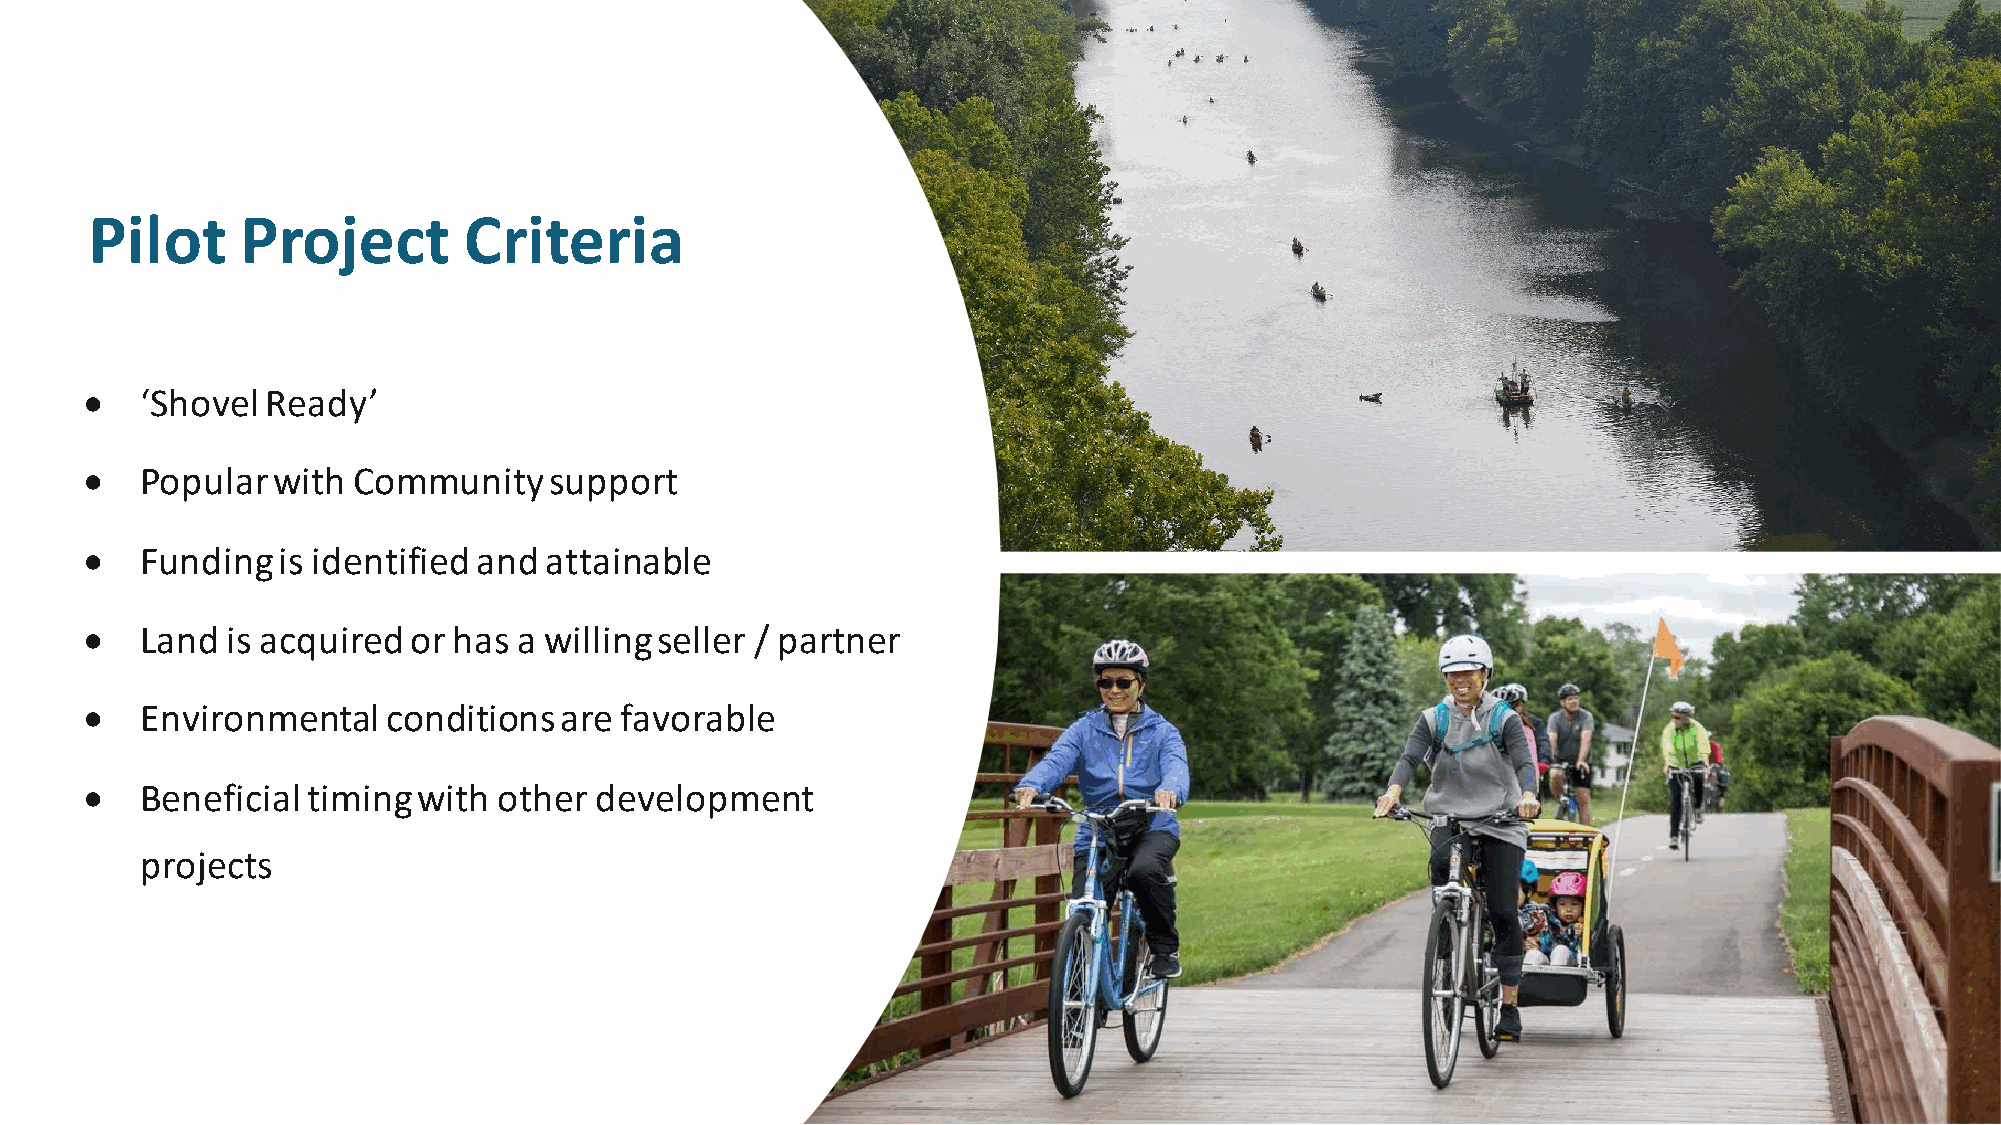
Pilot     Project        Criteria
 •  ‘Shovel  Ready’
 •  Popular  with Community    support
 •  Funding  is identified and attainable
 •  Land  is acquired or has a willing seller / partner
 •  Environmental    conditions are favorable
 •  Beneficial timing  with other development
 projects